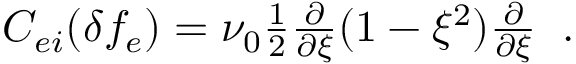
\begin{array} { r } { C _ { e i } ( \delta f _ { e } ) = \nu _ { 0 } \frac { 1 } { 2 } \frac { \partial } { \partial \xi } ( 1 - \xi ^ { 2 } ) \frac { \partial } { \partial \xi } \; \; . } \end{array}